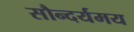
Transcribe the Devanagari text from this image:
सौन्दर्यमय